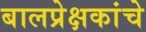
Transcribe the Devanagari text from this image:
बालप्रेक्षकांचे